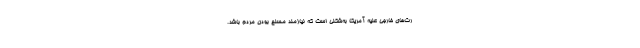
رت‌های خارجی علیه آمریکا به‌شکلی است که نیازمند مسلح بودن مردم باشد.